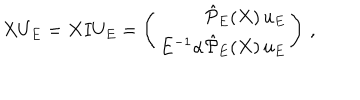
X U _ { E } = X I U _ { E } = \left( \begin{array} { r } { { \hat { \cal P } _ { E } ( X ) \, u _ { E } } } \\ { { E ^ { - 1 } \alpha \hat { \cal P } _ { E } ( X ) \, u _ { E } } } \\ \end{array} \right) \, ,